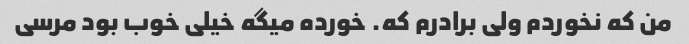
من که نخوردم ولی برادرم که. خورده میگه خیلی خوب بود مرسی